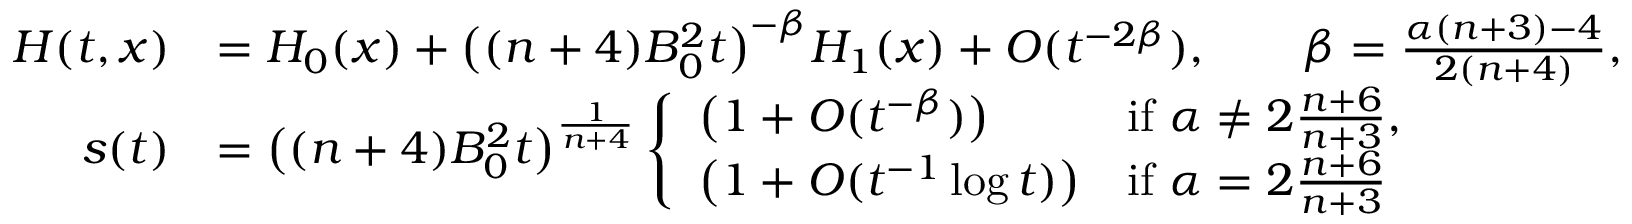
\begin{array} { r l } { H ( t , x ) } & { = H _ { 0 } ( x ) + \big ( ( n + 4 ) B _ { 0 } ^ { 2 } t \big ) ^ { - \beta } H _ { 1 } ( x ) + O ( t ^ { - 2 \beta } ) , \qquad \beta = \frac { \alpha ( n + 3 ) - 4 } { 2 ( n + 4 ) } , } \\ { s ( t ) } & { = \big ( ( n + 4 ) B _ { 0 } ^ { 2 } t \big ) ^ { \frac { 1 } { n + 4 } } \left\{ \begin{array} { l l } { \big ( 1 + O ( t ^ { - \beta } ) \big ) } & { \mathrm { i f ~ } \alpha \ne 2 \frac { n + 6 } { n + 3 } , } \\ { \big ( 1 + O ( t ^ { - 1 } \log t ) \big ) } & { \mathrm { i f ~ } \alpha = 2 \frac { n + 6 } { n + 3 } } \end{array} \right. } \end{array}